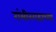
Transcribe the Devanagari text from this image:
गंभीरगडाच्या